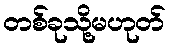
တစ်ခုသို့မဟုတ်